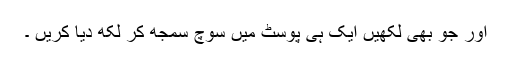
اور جو بھی لکھیں ایک ہی پوسٹ میں سوچ سمجھ کر لکھ دیا کریں ۔